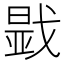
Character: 𢧫